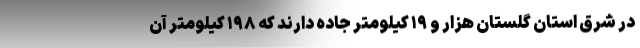
در شرق استان گلستان هزار و ۱۹ کیلومتر جاده دارند که ۱۹۸ کیلومتر آن